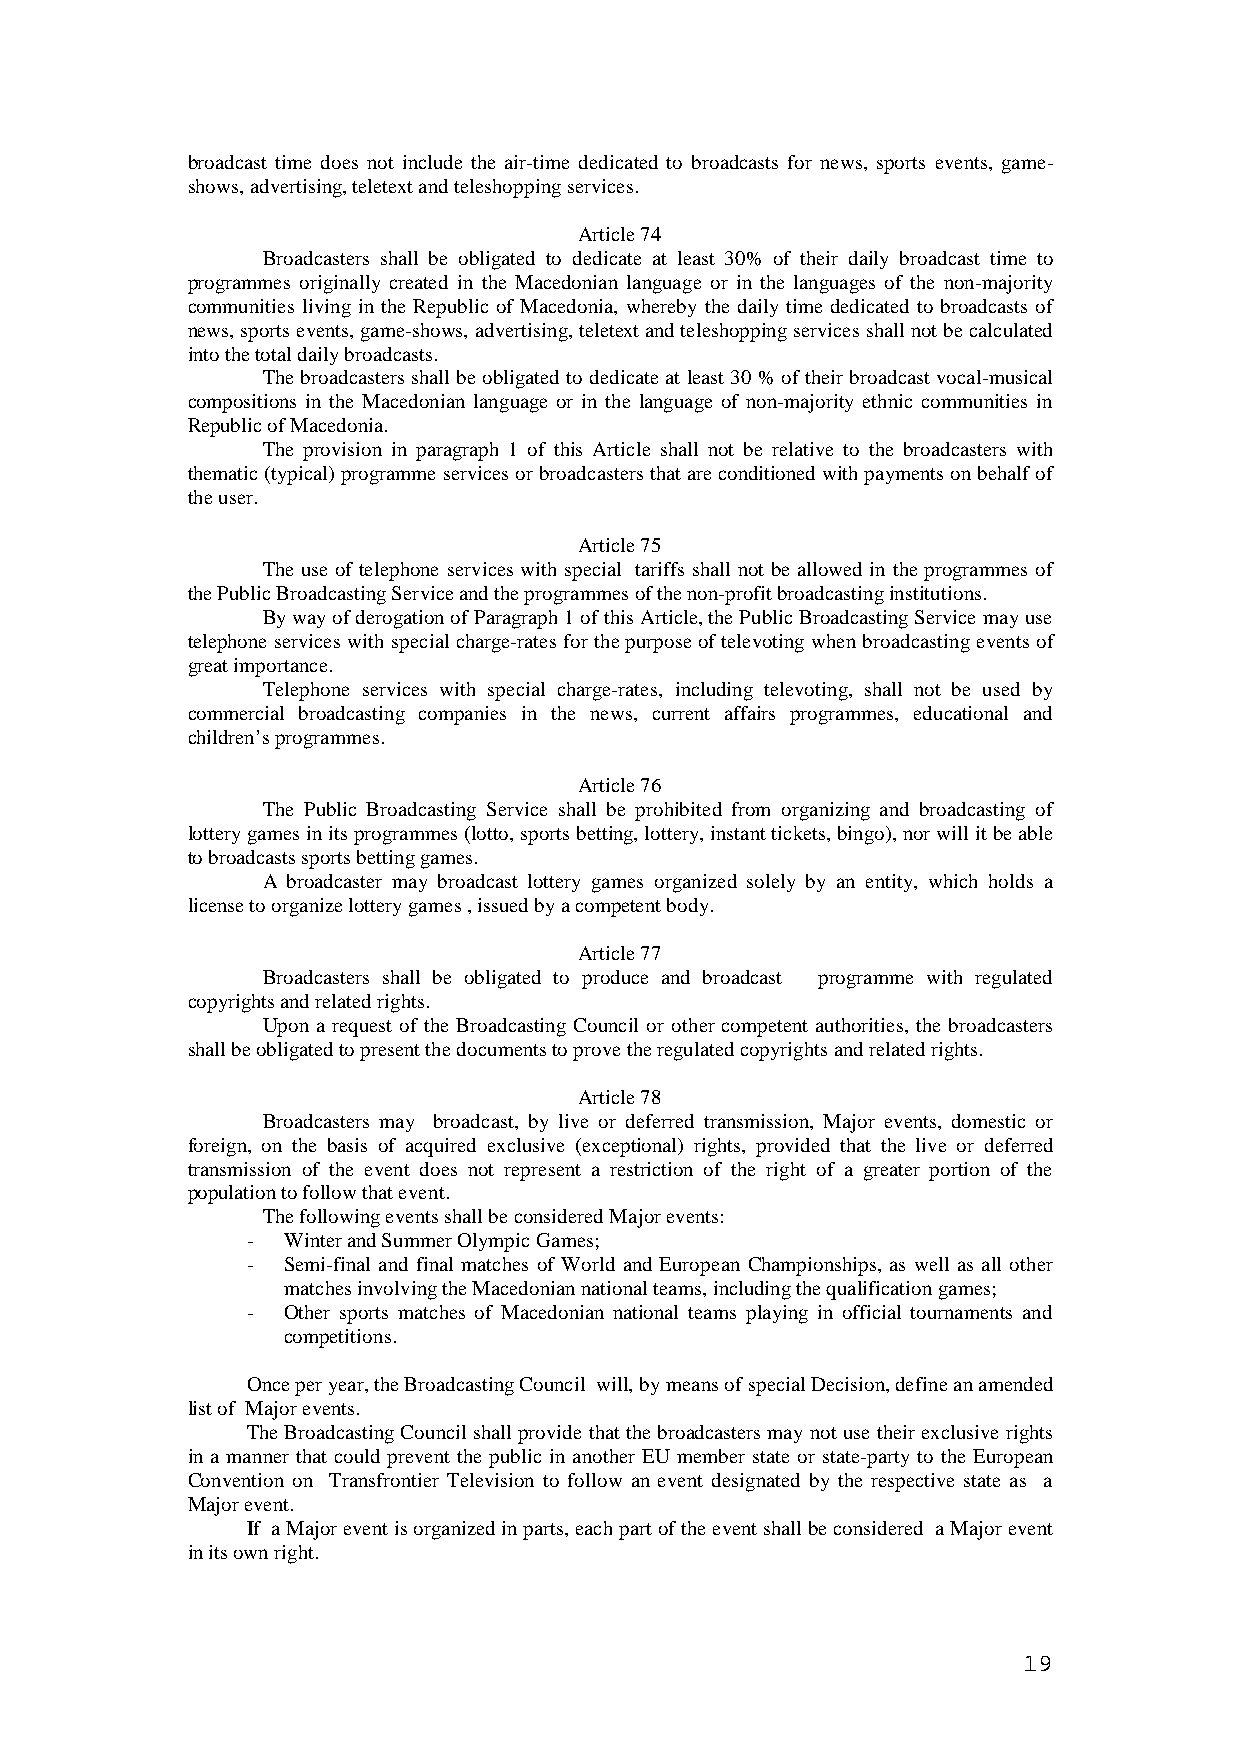
broadcast time does not include the air-time dedicated to broadcasts for news, sports events, game-
 shows, advertising, teletext and teleshopping services.
 Article 74
 Broadcasters shall be obligated to dedicate at least 30% of their daily broadcast time to
 programmes originally created in the Macedonian language or in the languages of the non-majority
 communities living in the Republic of Macedonia, whereby the daily time dedicated to broadcasts of
 news, sports events, game-shows, advertising, teletext and teleshopping services shall not be calculated
 into the total daily broadcasts.
 The broadcasters shall be obligated to dedicate at least 30 % of their broadcast vocal-musical
 compositions in the Macedonian language or in the language of non-majority ethnic communities in
 Republic of Macedonia.
 The provision in paragraph 1 of this Article shall not be relative to the broadcasters with
 thematic (typical) programme services or broadcasters that are conditioned with payments on behalf of
 the user.
 Article 75
 The use of telephone services with special tariffs shall not be allowed in the programmes of
 the Public Broadcasting Service and the programmes of the non-profit broadcasting institutions.
 By way of derogation of Paragraph 1 of this Article, the Public Broadcasting Service may use
 telephone services with special charge-rates for the purpose of televoting when broadcasting events of
 great importance.
 Telephone services with special charge-rates, including televoting, shall not be used by
 commercial broadcasting companies in the news, current affairs programmes, educational and
 children’s programmes.
 Article 76
 The Public Broadcasting Service shall be prohibited from organizing and broadcasting of
 lottery games in its programmes (lotto, sports betting, lottery, instant tickets, bingo), nor will it be able
 to broadcasts sports betting games.
 A broadcaster may broadcast lottery games organized solely by an entity, which holds a
 license to organize lottery games , issued by a competent body.
 Article 77
 Broadcasters shall be obligated to produce and broadcast programme with regulated
 copyrights and related rights.
 Upon a request of the Broadcasting Council or other competent authorities, the broadcasters
 shall be obligated to present the documents to prove the regulated copyrights and related rights.
 Article 78
 Broadcasters may broadcast, by live or deferred transmission, Major events, domestic or
 foreign, on the basis of acquired exclusive (exceptional) rights, provided that the live or deferred
 transmission of the event does not represent a restriction of the right of a greater portion of the
 population to follow that event.
 The following events shall be considered Major events:
 -  Winter and Summer Olympic Games;
 -  Semi-final and final matches of World and European Championships, as well as all other
 matches involving the Macedonian national teams, including the qualification games;
 -  Other sports matches of Macedonian national teams playing in official tournaments and
 competitions.
 Once per year, the Broadcasting Council will, by means of special Decision, define an amended
 list of Major events.
 The Broadcasting Council shall provide that the broadcasters may not use their exclusive rights
 in a manner that could prevent the public in another EU member state or state-party to the European
 Convention on Transfrontier Television to follow an event designated by the respective state as a
 Major event.
 If a Major event is organized in parts, each part of the event shall be considered a Major event
 in its own right.
 19